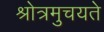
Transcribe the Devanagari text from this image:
श्रोत्रमुचयते